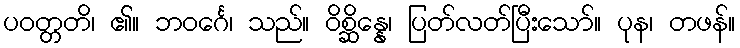
ပဝတ္တတိ၊ ၏။ ဘဝင်္ဂေ၊ သည်။ ဝိစ္ဆိန္နေ၊ ပြတ်လတ်ပြီးသော်။ ပုန၊ တဖန်။